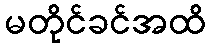
မတိုင်ခင်အထိ